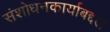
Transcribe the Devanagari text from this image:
संशोधनकार्याबद्दल